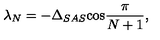
\lambda _ { N } = - \Delta _ { S A S } \mathrm { \cos } \frac { \pi } { N + 1 } ,